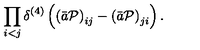
\prod _ { i < j } \delta ^ { ( 4 ) } \left( \left( \bar { a } { \cal P } \right) _ { i j } - \left( \bar { a } { \cal P } \right) _ { j i } \right) .